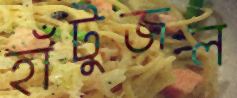
হাঁটুজল